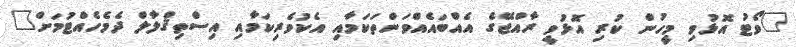
"ވޯޓު އޮޅުވި މީހުން ކުރި އޮޅުވީ ރާއްޖޭގެ އެއްބައެއްވަންތަކަމާއި އެކުވެރިކަމާއި އިސްތިޤްލާލް ދެމެހެއްޓުމަށް"